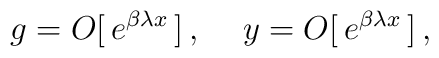
\,g= O[\,e^{\beta\lambda x }\,] \,, \hspace{0.5cm}y = O[\,e^{\beta\lambda x }\,] \,,